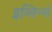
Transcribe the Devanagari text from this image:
इव्निन्गं